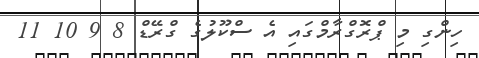
ހިންގި މި ޕްރޮގްރާމްގައި އެ ސްކޫލުގެ ގްރޭޑް 8 9 10 11